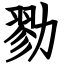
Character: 勠